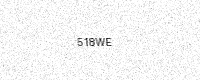
Text: 518WE